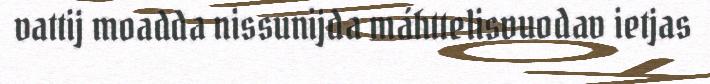
vattij moadda nissunijda máhttelisvuodav ietjas